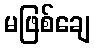
မဖြစ်ချေ